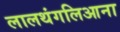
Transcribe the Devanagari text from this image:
लालथंगलिआना